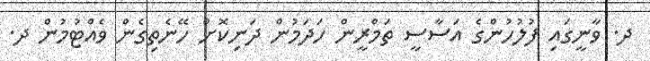
ދ. ވާނީގައި ފުލުހުންގެ އަސާސީ ތަމްރީން ހަދަމުން ދަނިކޮށް ހޭނެތިގެން ވެއްޓުމުން ދ.